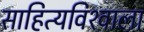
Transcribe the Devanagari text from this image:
साहित्यविश्‍वाला